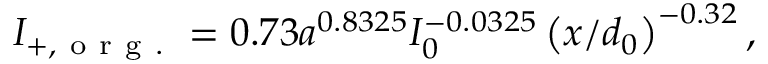
\begin{array} { r } { I _ { + , \mathrm { ~ o ~ r ~ g ~ . ~ } } = 0 . 7 3 a ^ { 0 . 8 3 2 5 } I _ { 0 } ^ { - 0 . 0 3 2 5 } \left( { x } / d _ { 0 } \right) ^ { - 0 . 3 2 } , } \end{array}